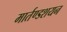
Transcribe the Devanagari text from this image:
मार्तण्डशयन